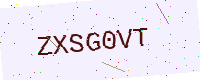
Text: ZXSG0VT